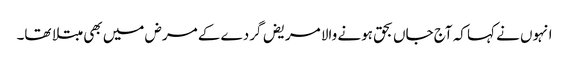
انہوں نے کہا کہ آج جاں بحق ہونے والا مریض گردے کے مرض میں بھی مبتلا تھا۔